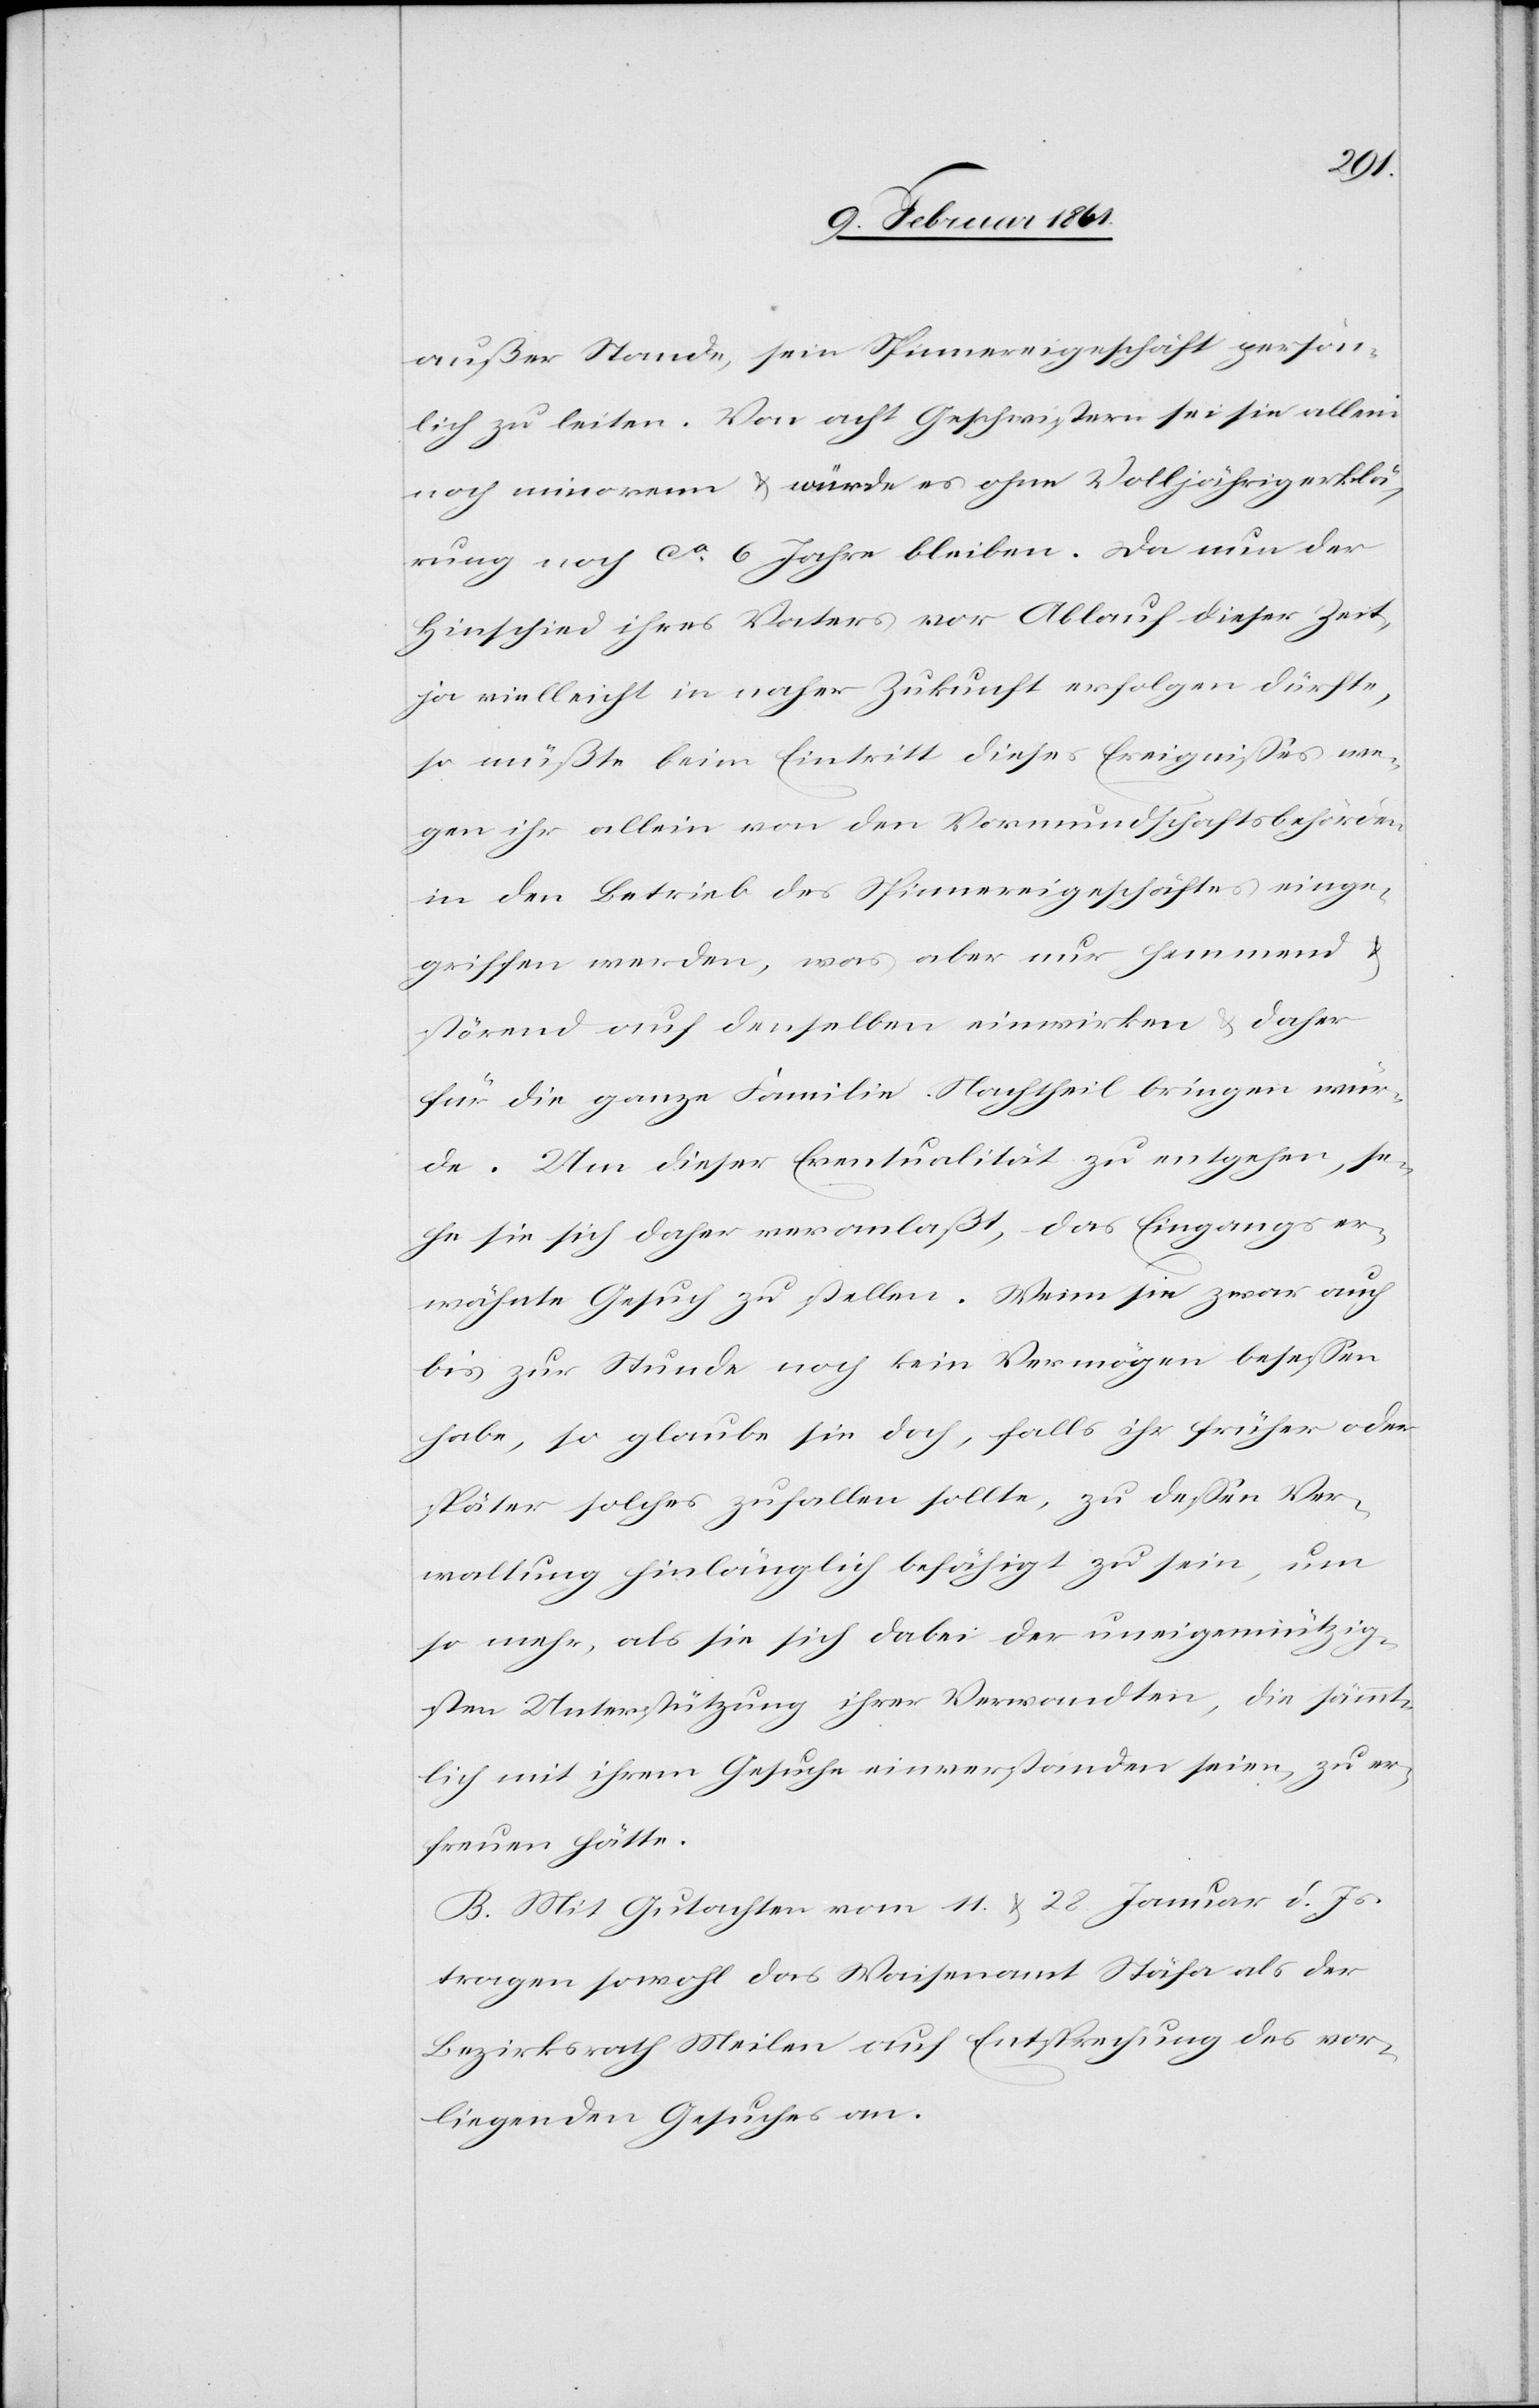
außer Stande, sein Spinnereigeschäft persön¬
lich zu leiten. Von acht Geschwistern sei sie allein
noch minorenn u. würde es ohne Volljährigerklä¬
rung noch ca 6 Jahre bleiben. Da nun der
Hinschied ihres Vaters vor Ablauf dieser Zeit,
ja vielleicht in naher Zukunft erfolgen dürfte,
so müßte beim Eintritt dieses Ereignisses we¬
gen ihr allein von den Vormundschaftsbehörden
in den Betrieb des Spinnereigeschäftes einge¬
griffen werden, was aber nur hemmend u.
störend auf denselben einwirken u. daher
für die ganze Familie Nachtheil bringen wür¬
de. Um dieser Eventualität zu entgehen, se¬
he sie sich daher veranlaßt, das Eingangs er¬
wähnte Gesuch zu stellen. Wenn sie zwar auch
bis zur Stunde noch kein Vermögen besessen
habe, so glaube sie doch, falls ihr früher oder
später solches zufallen sollte, zu dessen Ver¬
waltung hinlänglich befähigt zu sein, um
so mehr, als sie sich dabei der uneigennützig¬
sten Unterstützung ihrer Verwandten, die sämmt¬
lich mit ihrem Gesuche einverstanden seien, zu er¬
freuen hätte.
B. Mit Gutachten vom 11. u. 28. Januar d. Js.
tragen sowohl das Waisenamt Stäfa als der
Bezirksrath Meilen auf Entsprechung des vor¬
liegenden Gesuches an.